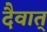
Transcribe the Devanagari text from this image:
दैवात्‌